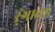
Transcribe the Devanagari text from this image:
र्ंगाच्या